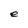
Character: e